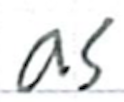
Text: as
Cross-out: clean
Writing tool: ballpoint